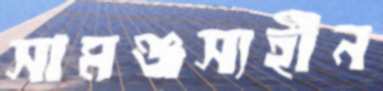
সামঞ্জস্যহীন